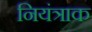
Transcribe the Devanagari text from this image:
नियंत्राक